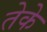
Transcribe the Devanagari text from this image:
तेके